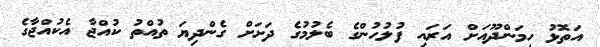
އަތޮޅު ހިމަންދޫއަށް އަރައި ފުލުހުންގެ ބެލުމުގެ ދަށަށް ގެންދިޔަ ތުއްތު ކުއްޖާ އެކުއްޖާގެ